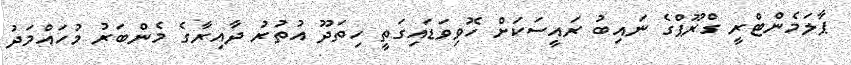
ޕާލަމެންޓްރީ ގްރޫޕްގެ ނައިބު ރައީސަކަށް ހޮވިވަޑައިގަތީ ހިތަދޫ އުތުރު ދާއިރާގެ މެންބަރު މުހައްމަދު